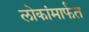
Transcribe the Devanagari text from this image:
लोकांमार्फत